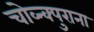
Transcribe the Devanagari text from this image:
चोव्न्क्पुराना